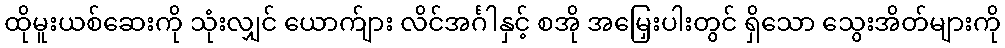
ထိုမူးယစ်ဆေးကို သုံးလျှင် ယောက်ျား လိင်အင်္ဂါနှင့် စအို အမြှေးပါးတွင် ရှိသော သွေးအိတ်များကို